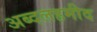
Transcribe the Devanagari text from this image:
अब्दलहमीद